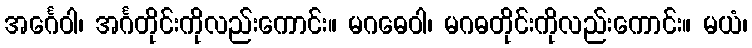
အင်္ဂေဝါ၊ အင်္ဂတိုင်းကိုလည်းကောင်း။ မဂဓေဝါ၊ မဂဓတိုင်းကိုလည်းကောင်း။ မယံ၊